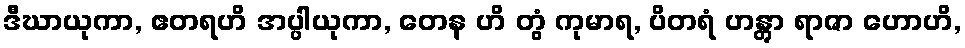
ဒီဃာယုကာ, ဧတရဟိ အပ္ပါယုကာ, တေန ဟိ တွံ ကုမာရ, ပိတရံ ဟန္တွာ ရာဇာ ဟောဟိ,